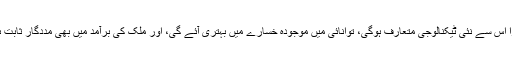
دوسرا اس سے نئی ٹیکنالوجی متعارف ہوگی، توانائی میں موجودہ خسارے میں بہتری آئے گی، اور ملک کی برآمد میں بھی مددگار ثابت ہوگی۔